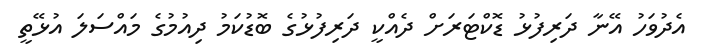
އެދުވަހު އޭނާ ދަރިފުޅު ޑޮކްޓަރަށް ދެއްކީ ދަރިފުޅުގެ ބޮޑުކަމު ދިއުމުގެ މައްސަލަ އުޅޭތީ